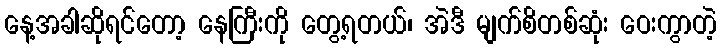
နေ့အခါဆိုရင်တော့ နေကြီးကို တွေ့ရတယ်၊ အဲဒီ မျက်စိတစ်ဆုံး ဝေးကွာတဲ့